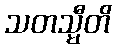
သတသ္မီတိ